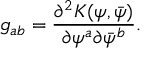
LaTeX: g _ { a b } = { \frac { \partial ^ { 2 } K ( \psi , \bar { \psi } ) } { \partial \psi ^ { a } \partial \bar { \psi } ^ { b } } } .